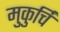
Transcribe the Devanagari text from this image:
मुकुर्चि